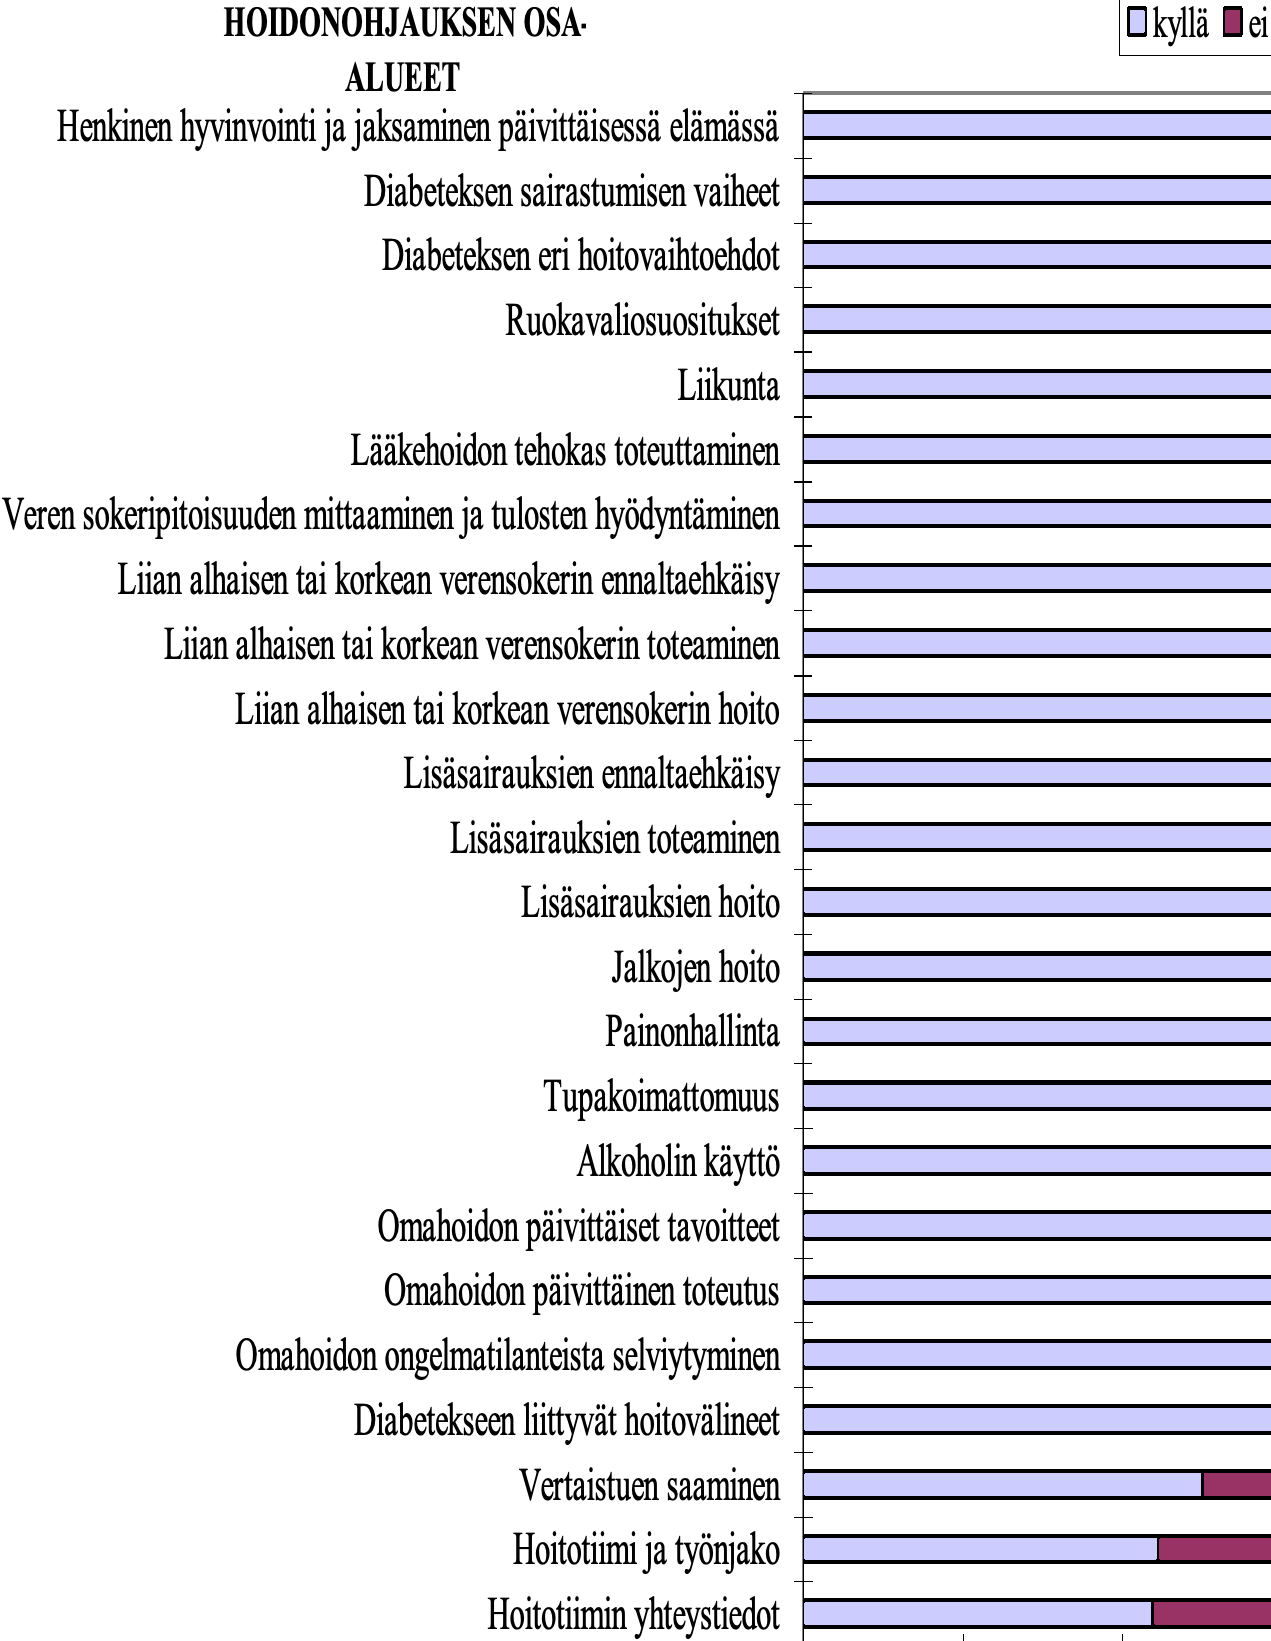
HOIDONOHJAUKSEN OSA-           kyllä ei ALUEET Henkinen hyvinvointi ja jaksaminen päivittäisessä elämässä Diabeteksen sairastumisen vaiheet Diabeteksen eri hoitovaihtoehdot Ruokavaliosuositukset Liikunta Lääkehoidon tehokas toteuttaminen Veren sokeripitoisuuden mittaaminen ja tulosten hyödyntäminen Liian alhaisen tai korkean verensokerin ennaltaehkäisy Liian alhaisen tai korkean verensokerin toteaminen Liian alhaisen tai korkean verensokerin hoito Lisäsairauksien ennaltaehkäisy Lisäsairauksien toteaminen Lisäsairauksien hoito Jalkojen hoito Painonhallinta Tupakoimattomuus Alkoholin käyttö Omahoidon päivittäiset tavoitteet Omahoidon päivittäinen toteutus Omahoidon ongelmatilanteista selviytyminen Diabetekseen liittyvät hoitovälineet Vertaistuen saaminen Hoitotiimi ja työnjako Hoitotiimin yhteystiedot